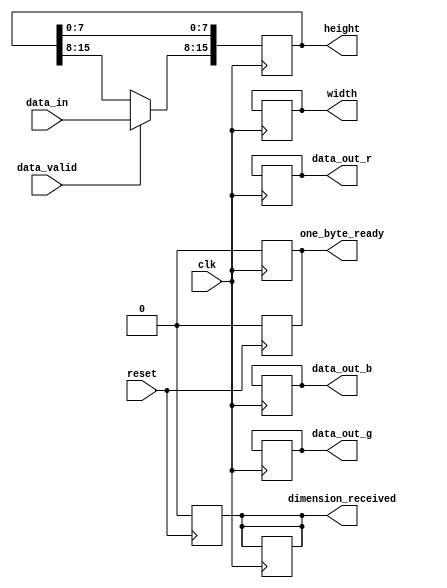
`timescale 1ns / 1ps

//Thomas Kelly

module parse(
    input clk,
    input reset,
    input[7:0] data_in,
    input data_valid,
    
    output reg[7:0] data_out_r,
    output reg[7:0] data_out_g,
    output reg[7:0] data_out_b,
    output reg [15:0] height,
    output reg [15:0] width,
    output reg dimension_received,
    output reg one_byte_ready
    
    );
    
    //Count clock cycles
    integer count=0;
    
    reg[7:0] data_r;
    reg[7:0] data_g;
        
    always@(posedge clk) begin
        one_byte_ready = 0;
        
        if (data_valid) begin
            //Zeroth and first byte reserved for height
            if (count==0) begin
                height[15:8]=data_in;
            end
            if (count==1) begin
                height[7:0]=data_in;
            end
            
            //Second and third byte reserved for width
            if (count==2) begin
                width[15:8]=data_in;
            end
            if (count==3) begin
                width[7:0]=data_in;
            end
            
            
            //Rest of bytes are rgb data
            if (count>3) begin
                dimension_received=1;
                if((count-4)%3==0) begin
                    data_r=data_in;
                end
                if((count-4)%3==1) begin
                    data_g=data_in;
                end
                if((count-4)%3==2) begin
                    one_byte_ready = 1;
                    data_out_b=data_in;
                    data_out_r=data_r;
                    data_out_g=data_g;
                end
            end
            
            
            count=count+1;
        end
    
    end
    
    always@(posedge reset) begin
        count = 0;
        dimension_received = 0;
        one_byte_ready = 0;
    end
    
    
    
    
endmodule